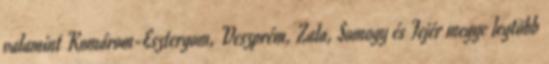
valamint Komárom-Esztergom, Veszprém, Zala, Somogy és Fejér megye legtöbb